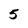
Character: 5